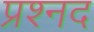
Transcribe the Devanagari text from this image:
प्रश्नद